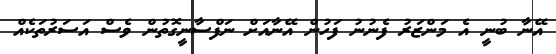
އޭނާ ބުނީ އެ މަންޒަރު ފެނުނު ފަހުން އޭނާއަށް ނަފްސާނީގޮތުން ވެސް އަސަރުތަކެއް